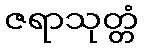
ဇရာသုတ္တံ